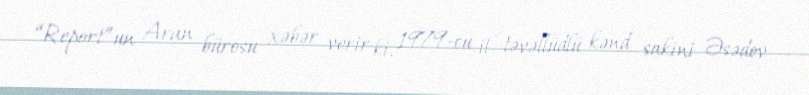
“Report”un Aran bürosu xəbər verir ki, 1979-cu il təvəllüdlü kənd sakini Əsədov